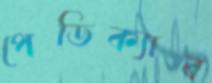
পেডিক্যাব